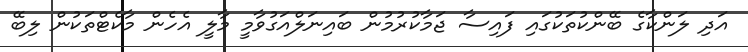
އަދި ލަންކާގެ ބޭންކުތަކުގައި ފައިސާ ޖަމާކުރުމުން ބައިނަލްއަގުވާމީ މާލީ އެހެން މާކެޓްތަކުން ލިބޭ